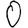
Digit: 0